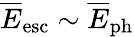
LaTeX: \overline{E}_{\mathrm{esc}}\sim\overline{E}_{\mathrm{ph}}